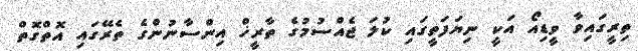
ތިރީގައިވާ ވީޑިއޯ އަކީ ނިޔަފަތީގައި ކުލަ ޖެއްސުމުގެ ތާރީޚް އިންސާނުންގެ ތެރޭގައި އޮތްގޮތް